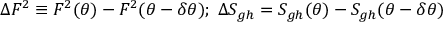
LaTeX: \Delta F ^ { 2 } \equiv F ^ { 2 } ( \theta ) - F ^ { 2 } ( \theta - \delta \theta ) ; \; \Delta S _ { g h } = S _ { g h } ( \theta ) - S _ { g h } ( \theta - \delta \theta )